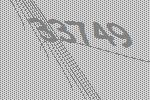
33749